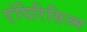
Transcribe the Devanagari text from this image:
एंपिरिसिज्म